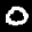
Label: 0